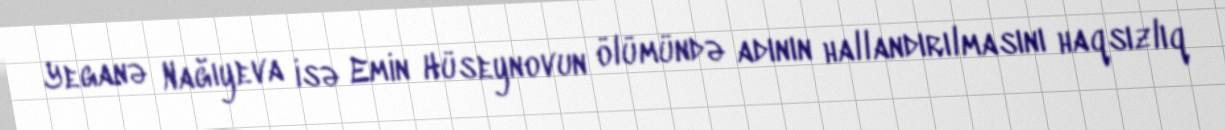
Yeganə Nağıyeva isə Emin Hüseynovun ölümündə adının hallandırılmasını haqsızlıq